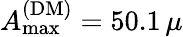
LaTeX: A_{\mathrm{max}}^{\mathrm{(DM)}}=50.1\, \mu